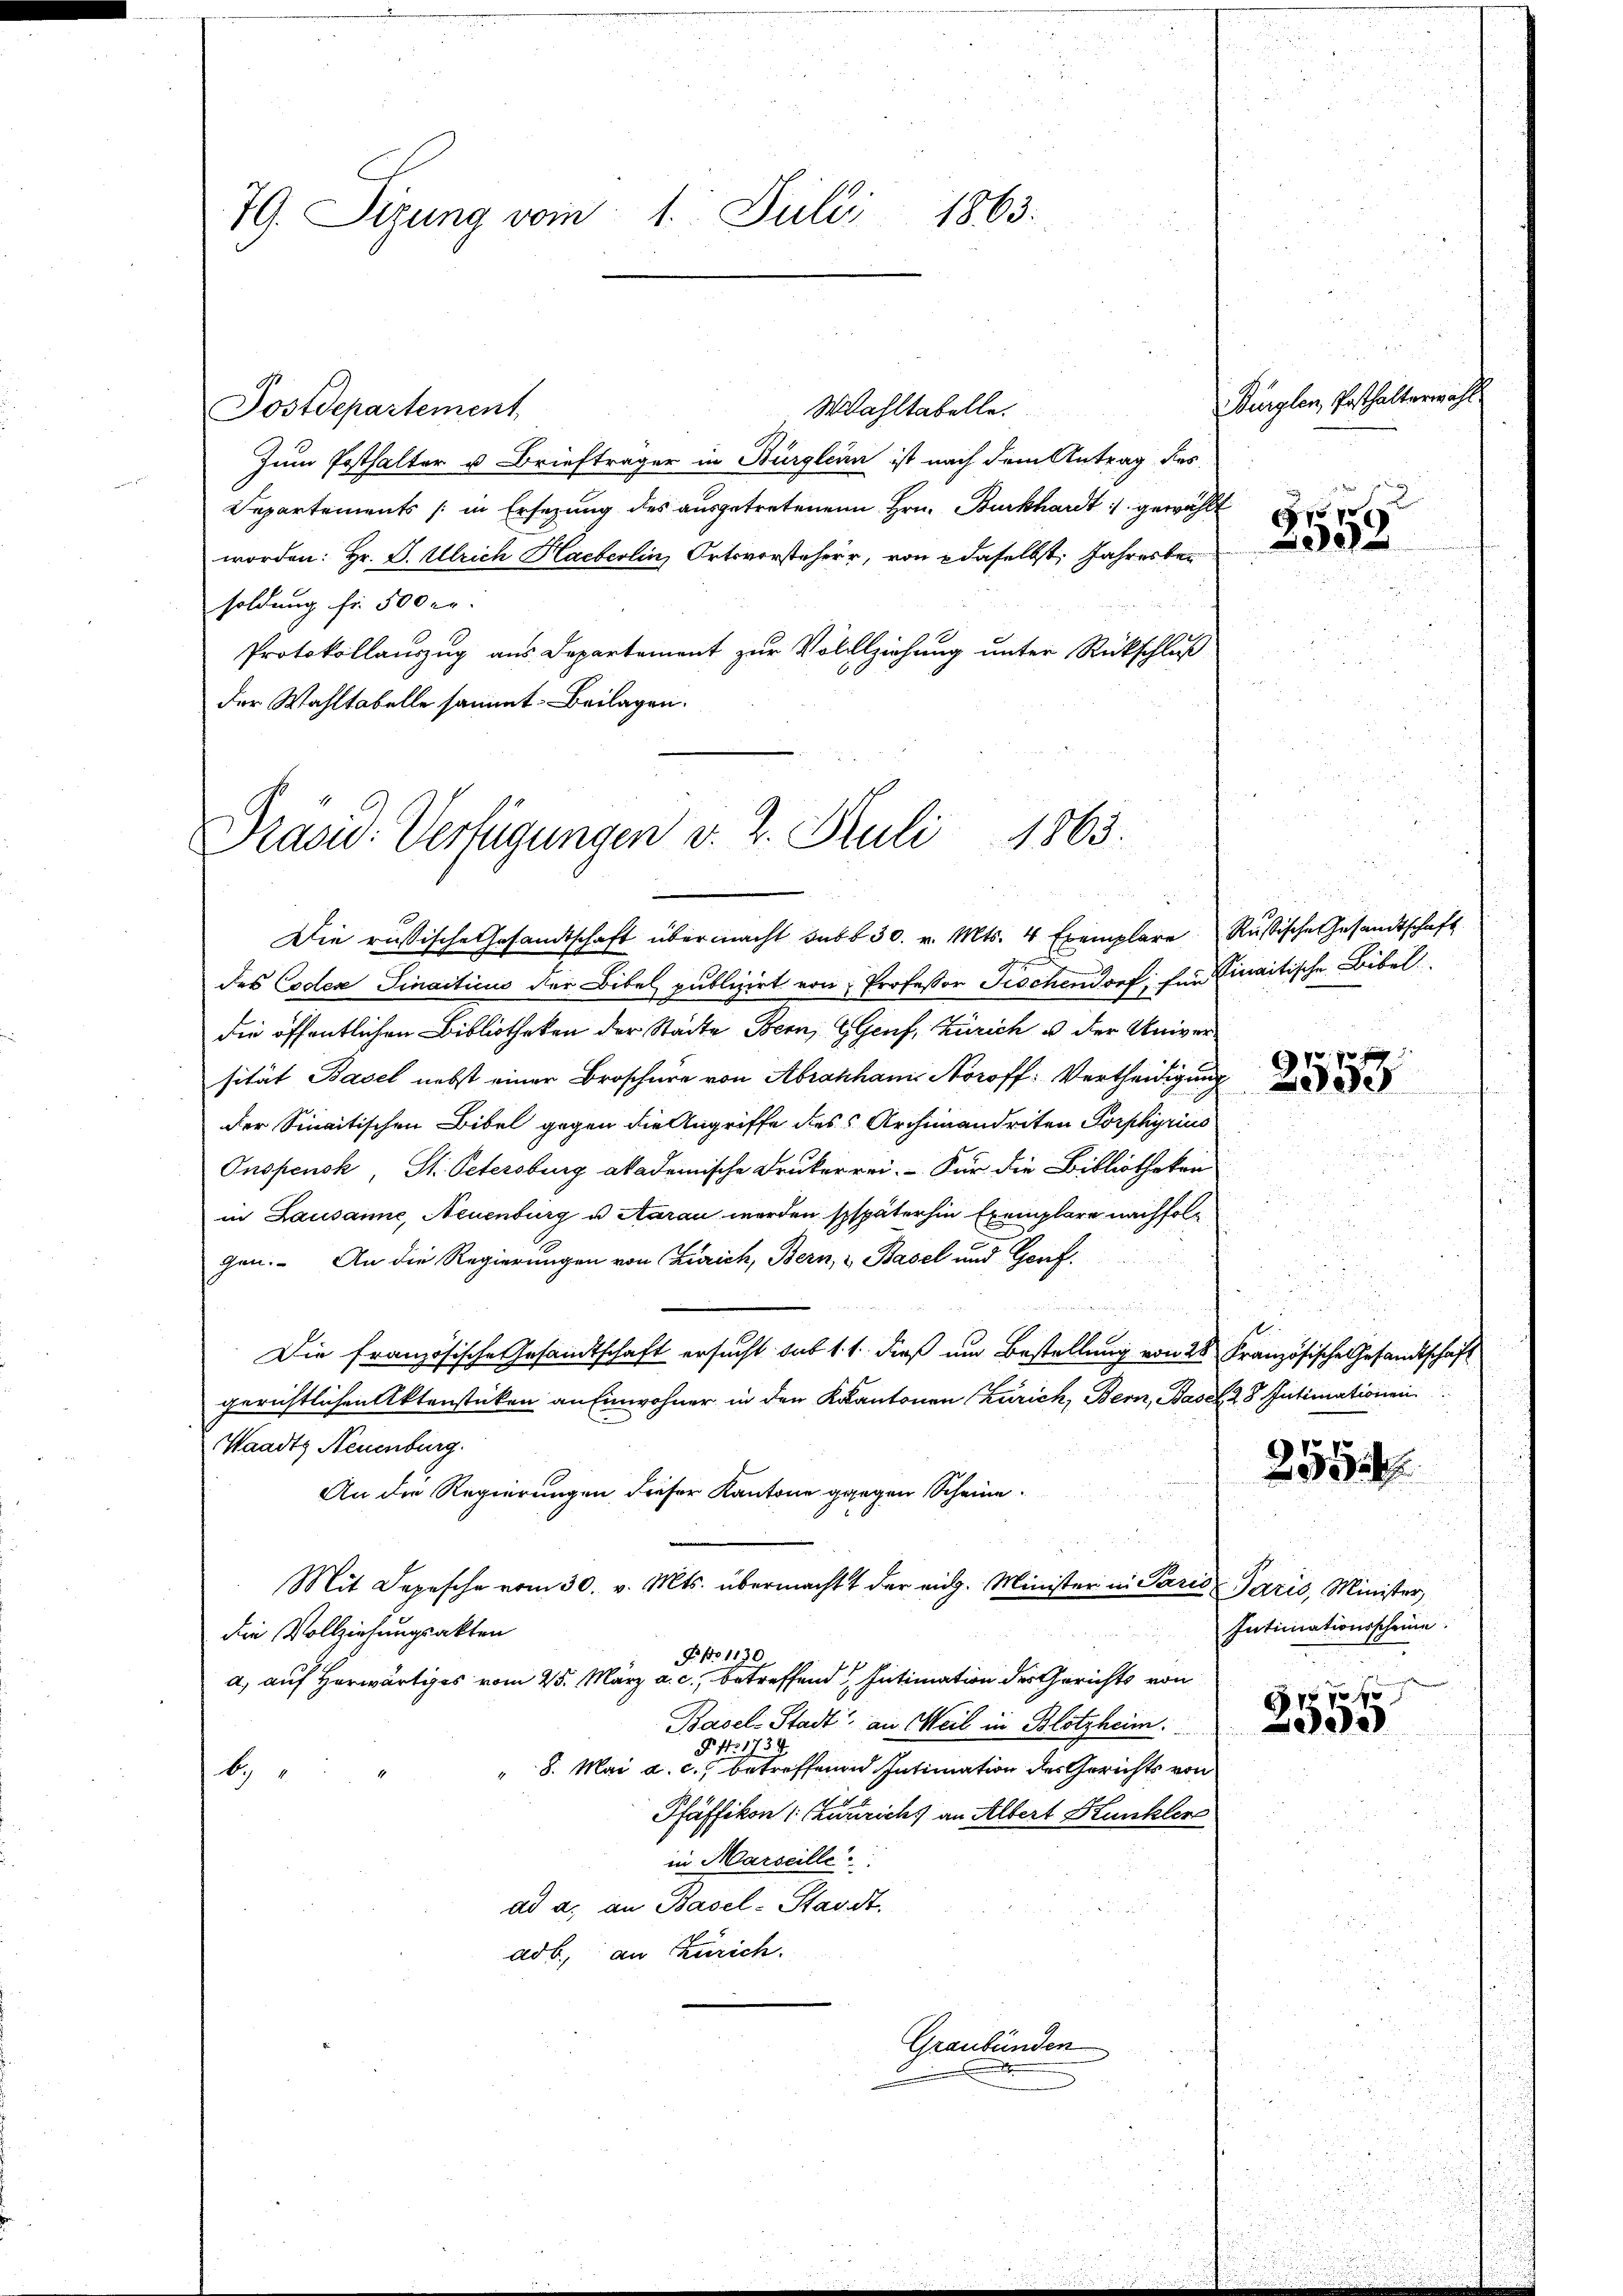
1863.
79. Sizung vom 1. Julii

Postdepartement
Wahltabelle.
Zum Posthalter u Briefträger in Bürglein ist nach dem Antrag des
Separtements (in Ersezung des ausgetretenen Hrn. Burkhardt gewählt
worden: Hr. P. Ulrich Haeberlin, Ortsvorsteherr, von daselbst, Jahresber
soldung fr. 500 er
Protokollauszug aus Departement zur Vollziehung unter Rückschluß
der Wahltabelle sammt. Beilagen.

Präsid. Verfügungen v. 2. Juli 1863.

die öffentlichen Bibliotheken der Städte Bern, Genf, Zürich u der Universität Basel nebst einer Broschüre von Abrahhaus Noroff: Vertheidigung
der Sinaitischen Bibel gegen die Angriffe des Archivandriten Porphyrius
Inspensk, St. Petersburg akademische Drukerrei. Für die Bibliotheken
in Lausanne, Neuenburg u Saran werden späterhin Exemplare nachfolg
gen. An die Regierungen von Zürich, Bern, & Basel und Genf.

Die französische Gesandtschaft ersucht sub 1. 1. dieß um Bestellung von 28 Französische Gesandtschaft
gerichtlichen Aktenstücken an Einwohner in den Kantonen Zürich, Bern, Basel 28 Intimationen
Waadts Neuenburg.
An die Regierungen dieser Kantone gegen Scheine
Mit Depesche vom 30. v. Mts. übermacht der eidg. Minister in Paris Paris, Minister,
die Vollziehungsakten
P No 1130
a) auf Herwärtiges vom 25. März a. c., betreffend Intimation der Gerichts von
Basel-Stadt, an Weil in Blotzheim:
§ No. 173.
" 8. Mai a. c., betreffenen Intimation des Gerichts von
b
Pfäffikon ( (zuzrich an Albert Kunkler
in Marseille
ad a. an Basel-Standt.
adb., an Zürich.

Die russische Gesandtschaft übermacht sub 30. v. Mts. 4 Exemplare Rußische Gesandtschaft
gheiten
des Coder Finacticus der Bibel publizirt von Professor Tischendorf; für Linaitische Bibel

Graubünden

Burglen, Pesthalterwahl
d
 57 x
e

1070 x
e

2554

Intimationsscheine.
10 f

g
e